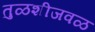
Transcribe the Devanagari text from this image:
तुळशीजवळ